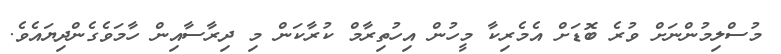
މުސްލިމުންނަށް ވުރެ ބޮޑަށް އެމެރިކާ މީހުން އިހުތިރާމް ކުރާކަން މި ދިރާސާއިން ހާމަވެގެންދިޔައެވެ.